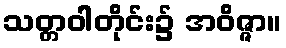
သတ္တဝါတိုင်း၌ အဝိဇ္ဇာ။